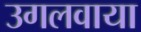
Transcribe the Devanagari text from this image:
उगलवाया